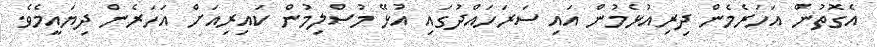
އެގޮތުން އަހަރެމެން ދިރިއުޅެމުން އައި ސަރަހައްދުގައި އުޅޭ މުސްލިމުން ކައިރިއަށް އަހަރެން ދިޔައީމެވެ.